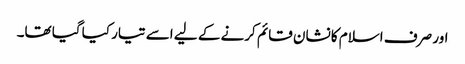
اور صرف اسلام کا نشان قائم کرنے کے لیے اسے تیار کیا گیا تھا۔